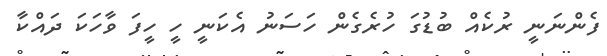
ފެންނަނީ ރުކެއް ބުޑުގަ ހުރެގެން ހަސަނު އެކަނީ ހީ ހީފަ ވާހަކަ ދައްކާ